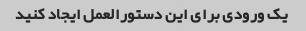
یک ورودی برای این دستورالعمل ایجاد کنید